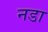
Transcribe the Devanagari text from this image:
नडा